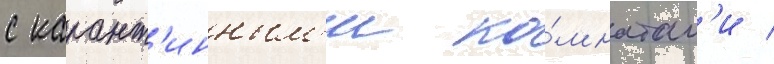
с карант'инным'и ко́мнатам'и /